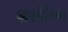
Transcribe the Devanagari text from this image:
अपनेनिम्न